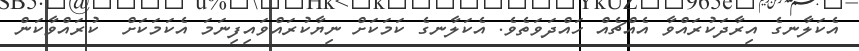
އެކަލާނގެ އިރާދަކުރައްވާ އެއްޗެއް ހައްދަވަތެވެ. އެކަލާނގެ ކަމަކަށް ނިޔާކުރައްވައިފިނަމަ އެކަމަކަށް  ކުރައްވާކަން